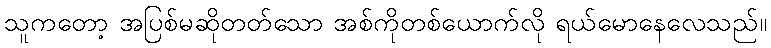
သူကတော့ အပြစ်မဆိုတတ်သော အစ်ကိုတစ်ယောက်လို ရယ်မောနေလေသည်။